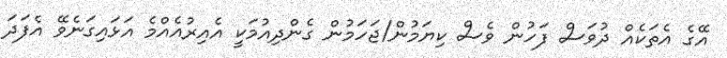
އޭގެ އެތަކެއް ދުވަސް ފަހުން ވެސް ކިޔަމުން/ޖަހަމުން ގެންދިއުމަކީ އެއިރުއެއްމެ އަޅައިގަނެވޭ އެފަދަ